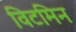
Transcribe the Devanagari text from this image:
विटमिन